Virumaa_algkoolid, lk 16
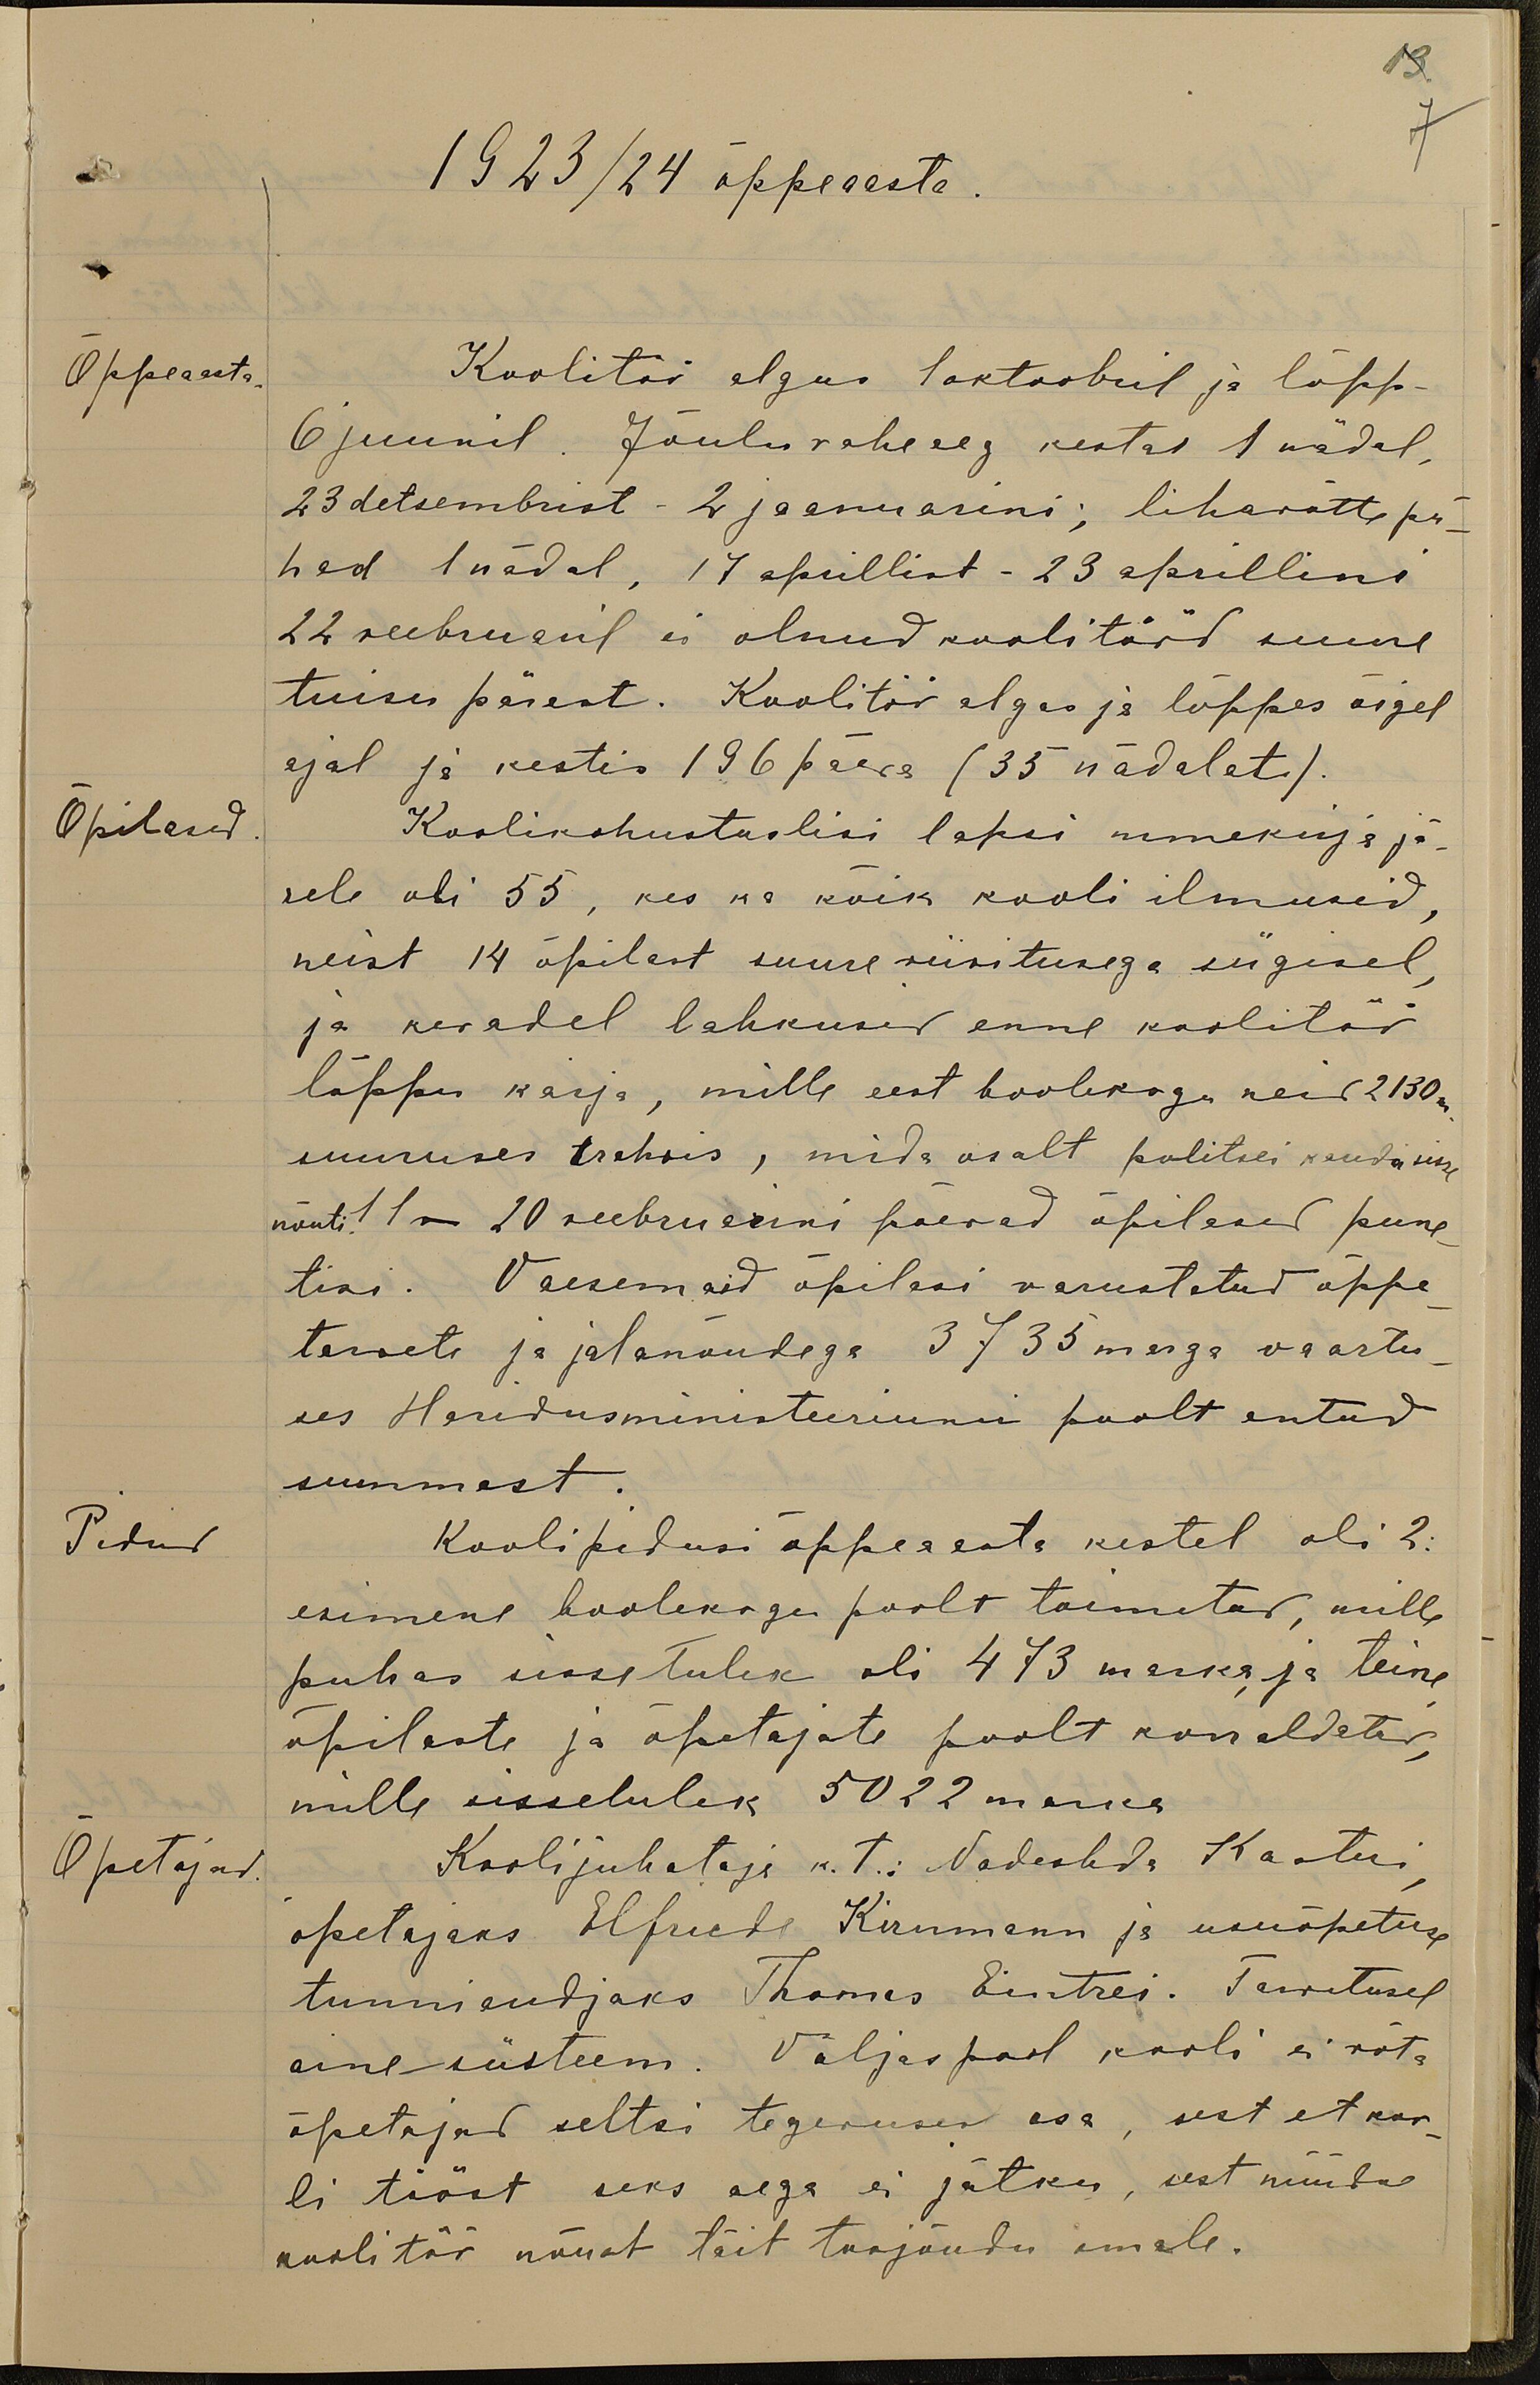
13.
1923/24 õppeaesta.
7
Õpseaasta
Koolitöö algus 1 oktoobril ja lõpp-
6 juunil. Jõulu vaheaeg kestas 1 nädal,
23 detsembrist - 2 jaanuarini; lihavõtte pü-
had 1 nädal, 17 aprillist - 23 aprillini
22 veebruaril ei olnud koolitööd suure
tuisu pärast. Koolitöö algas ja lõppes õigel
ajal ja kestis 196 päeva (35 nädalat).
Õpilased
Koolikohustuslisi lapsi nimekirja jä-
rele oli 55, kes ka kõik kooli ilmusid,
neist 14 õpilast suure viivitusega sügisel,
ja kevadel lahkusid enne koolitöö
lõppu karja, mille eest hoolekogu neid 2130 m
suuruses trahvis, mida osalt politsei kaudu sisse
nõuti 11 - 20 veebruarini põevad õpilased pune-
tisi. Vaesemaid õpilasi varustatud õppe-
tarveti ja jalanõudega 3735 marga vaartu-
ses Haridusministeeriumi poolt antud
summast.
Pidud
Kooli pidusi õppeaasta kestel oli 2:
esimene hoolekogu poolt toimetatud, mille
puhas sissetulek oli 473 marka ja teine
õpilaste ja õpetajate poolt korraldatav
mille sissetulek 5022 marka
Õpetajad.
Kooli juhataja k.t.: Nadeshda Kastni
õpetajaks Elfriede Kirnmann ja usuõpetuse
tunniandjaks Thomas Eintrei. Tarvitusel
aine süsteem. Väljaspool kooli ei võta
õpetajad seltsi tegevuses osa, sest et koo-
li tööst seks aega ei jätku, sest nüüdne
koolitöö nõuab täit tööjõudu omale.